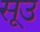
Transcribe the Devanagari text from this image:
सूउ